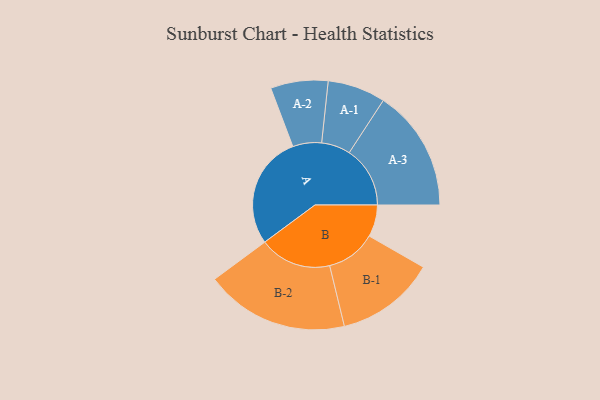
{"axis": {"x": "Segment", "y": "Value"}, "legend": ["", "A", "B"], "data": [{"x": "A", "y": 461, "type": ""}, {"x": "B", "y": 130, "type": ""}, {"x": "A-1", "y": 118, "type": "A"}, {"x": "A-2", "y": 117, "type": "A"}, {"x": "A-3", "y": 248, "type": "A"}, {"x": "B-1", "y": 203, "type": "B"}, {"x": "B-2", "y": 293, "type": "B"}]}